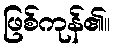
ဖြစ်ကုန်၏။